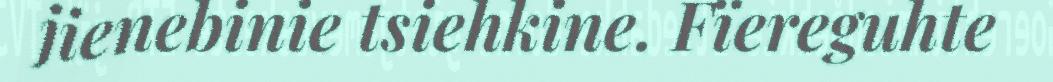
jienebinie tsiehkine. Fïereguhte